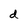
Character: d